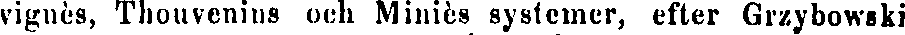
vignès, Thouvenius och Miniès systemer, efter Grzybowski